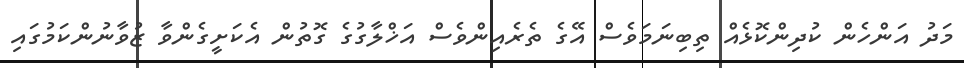
މަދު އަންހެން ކުދިންކޮޅެއް ތިބިނަމަވެސް އޭގެ ތެރެއިންވެސް އަޚްލާގުގެ ގޮތުން އެކަށީގެންވާ ޒުވާނުންކަމުގައި